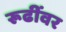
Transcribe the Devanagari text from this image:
रूढींवर